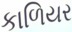
કાળિયર